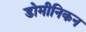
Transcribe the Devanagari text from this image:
डोमीनिकन